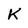
Character: K